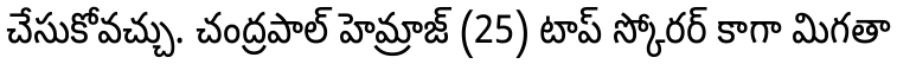
చేసుకోవచ్చు. చంద్రపాల్ హెమ్రాజ్ (25) టాప్ స్కోరర్ కాగా మిగతా